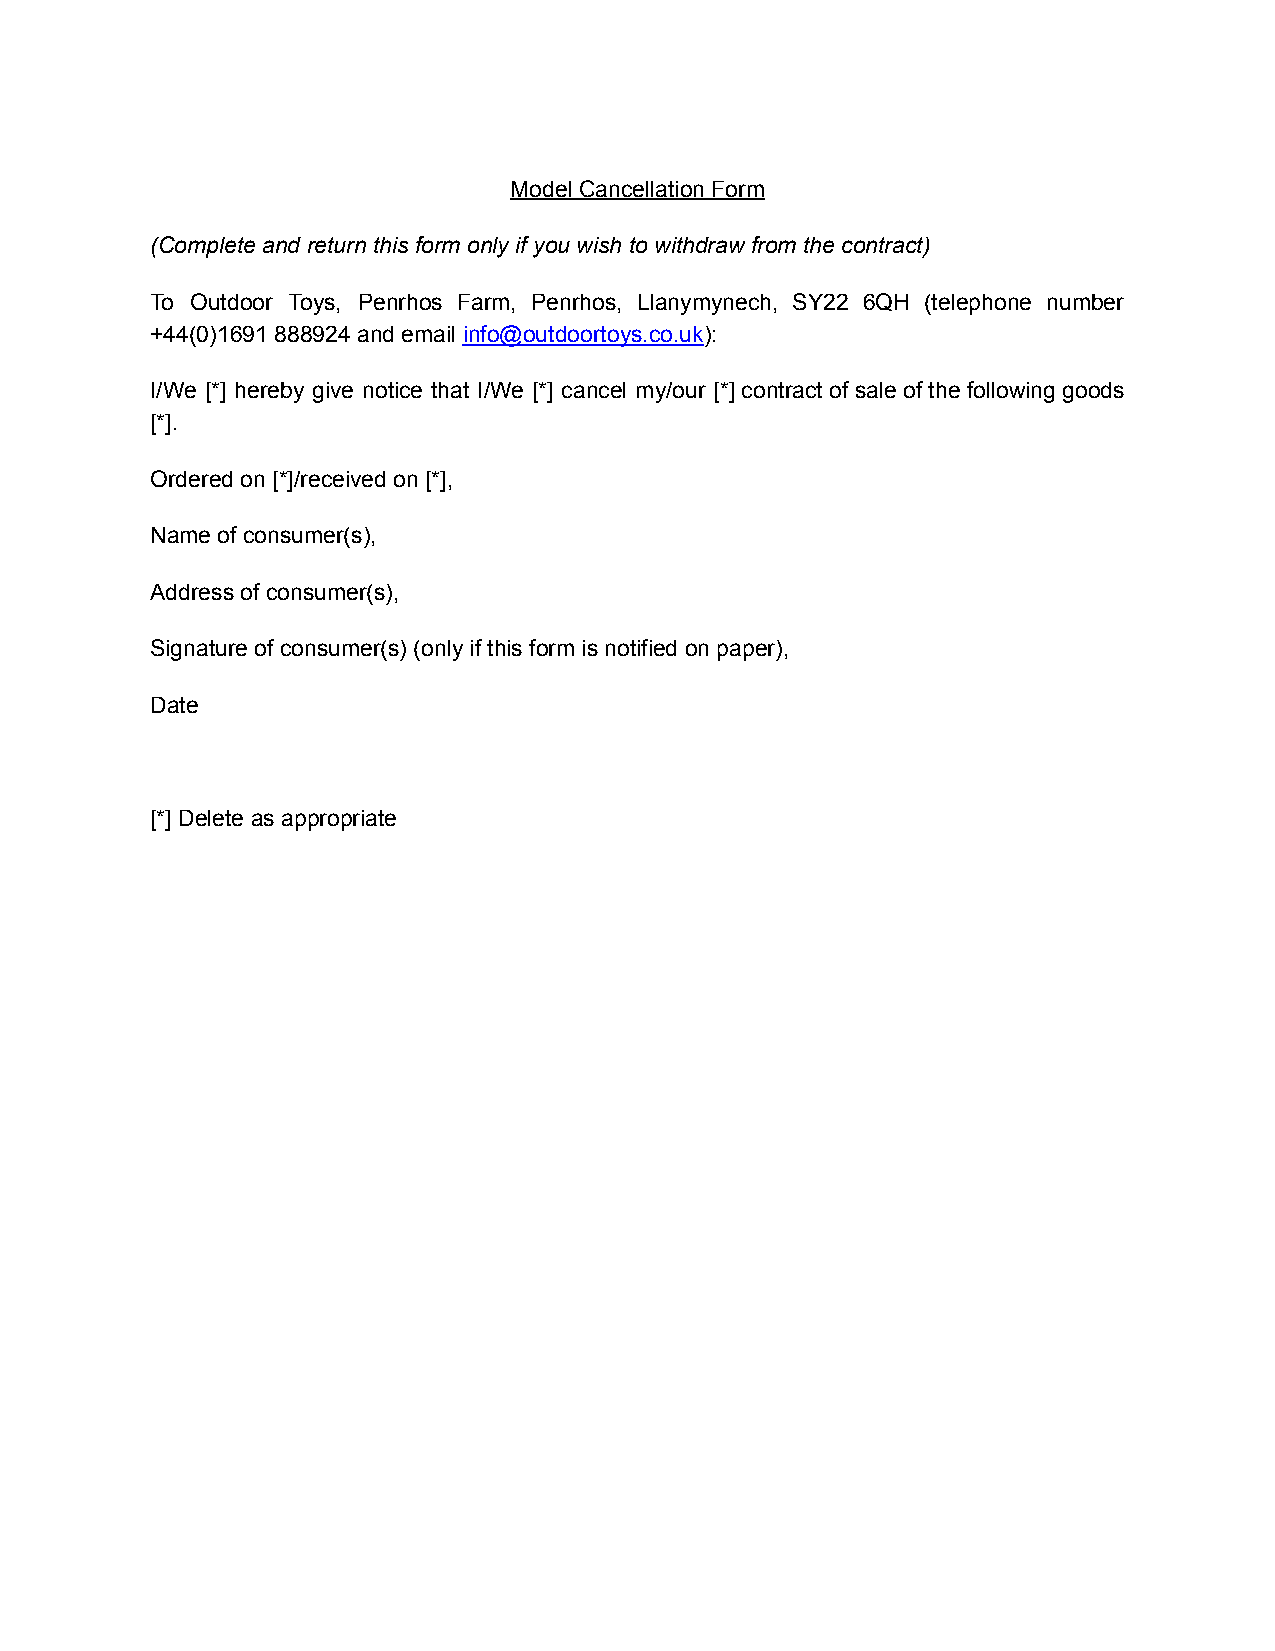
Model Cancellation Form
 (Complete and return this form only if you wish to withdraw from the contract)
 To Outdoor Toys, Penrhos Farm, Penrhos, Llanymynech, SY22 6QH (telephone number
 +44(0)1691 888924 and email info@outdoortoys.co.uk):
 I/We [*] hereby give notice that I/We [*] cancel my/our [*] contract of sale of the following goods
 [*].
 Ordered on [*]/received on [*],
 Name of consumer(s),
 Address of consumer(s),
 Signature of consumer(s) (only if this form is notified on paper),
 Date
 [*] Delete as appropriate